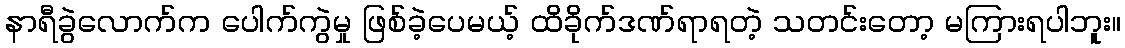
နာရီခွဲလောက်က ပေါက်ကွဲမှု ဖြစ်ခဲ့ပေမယ့် ထိခိုက်ဒဏ်ရာရတဲ့ သတင်းတော့ မကြားရပါဘူး။